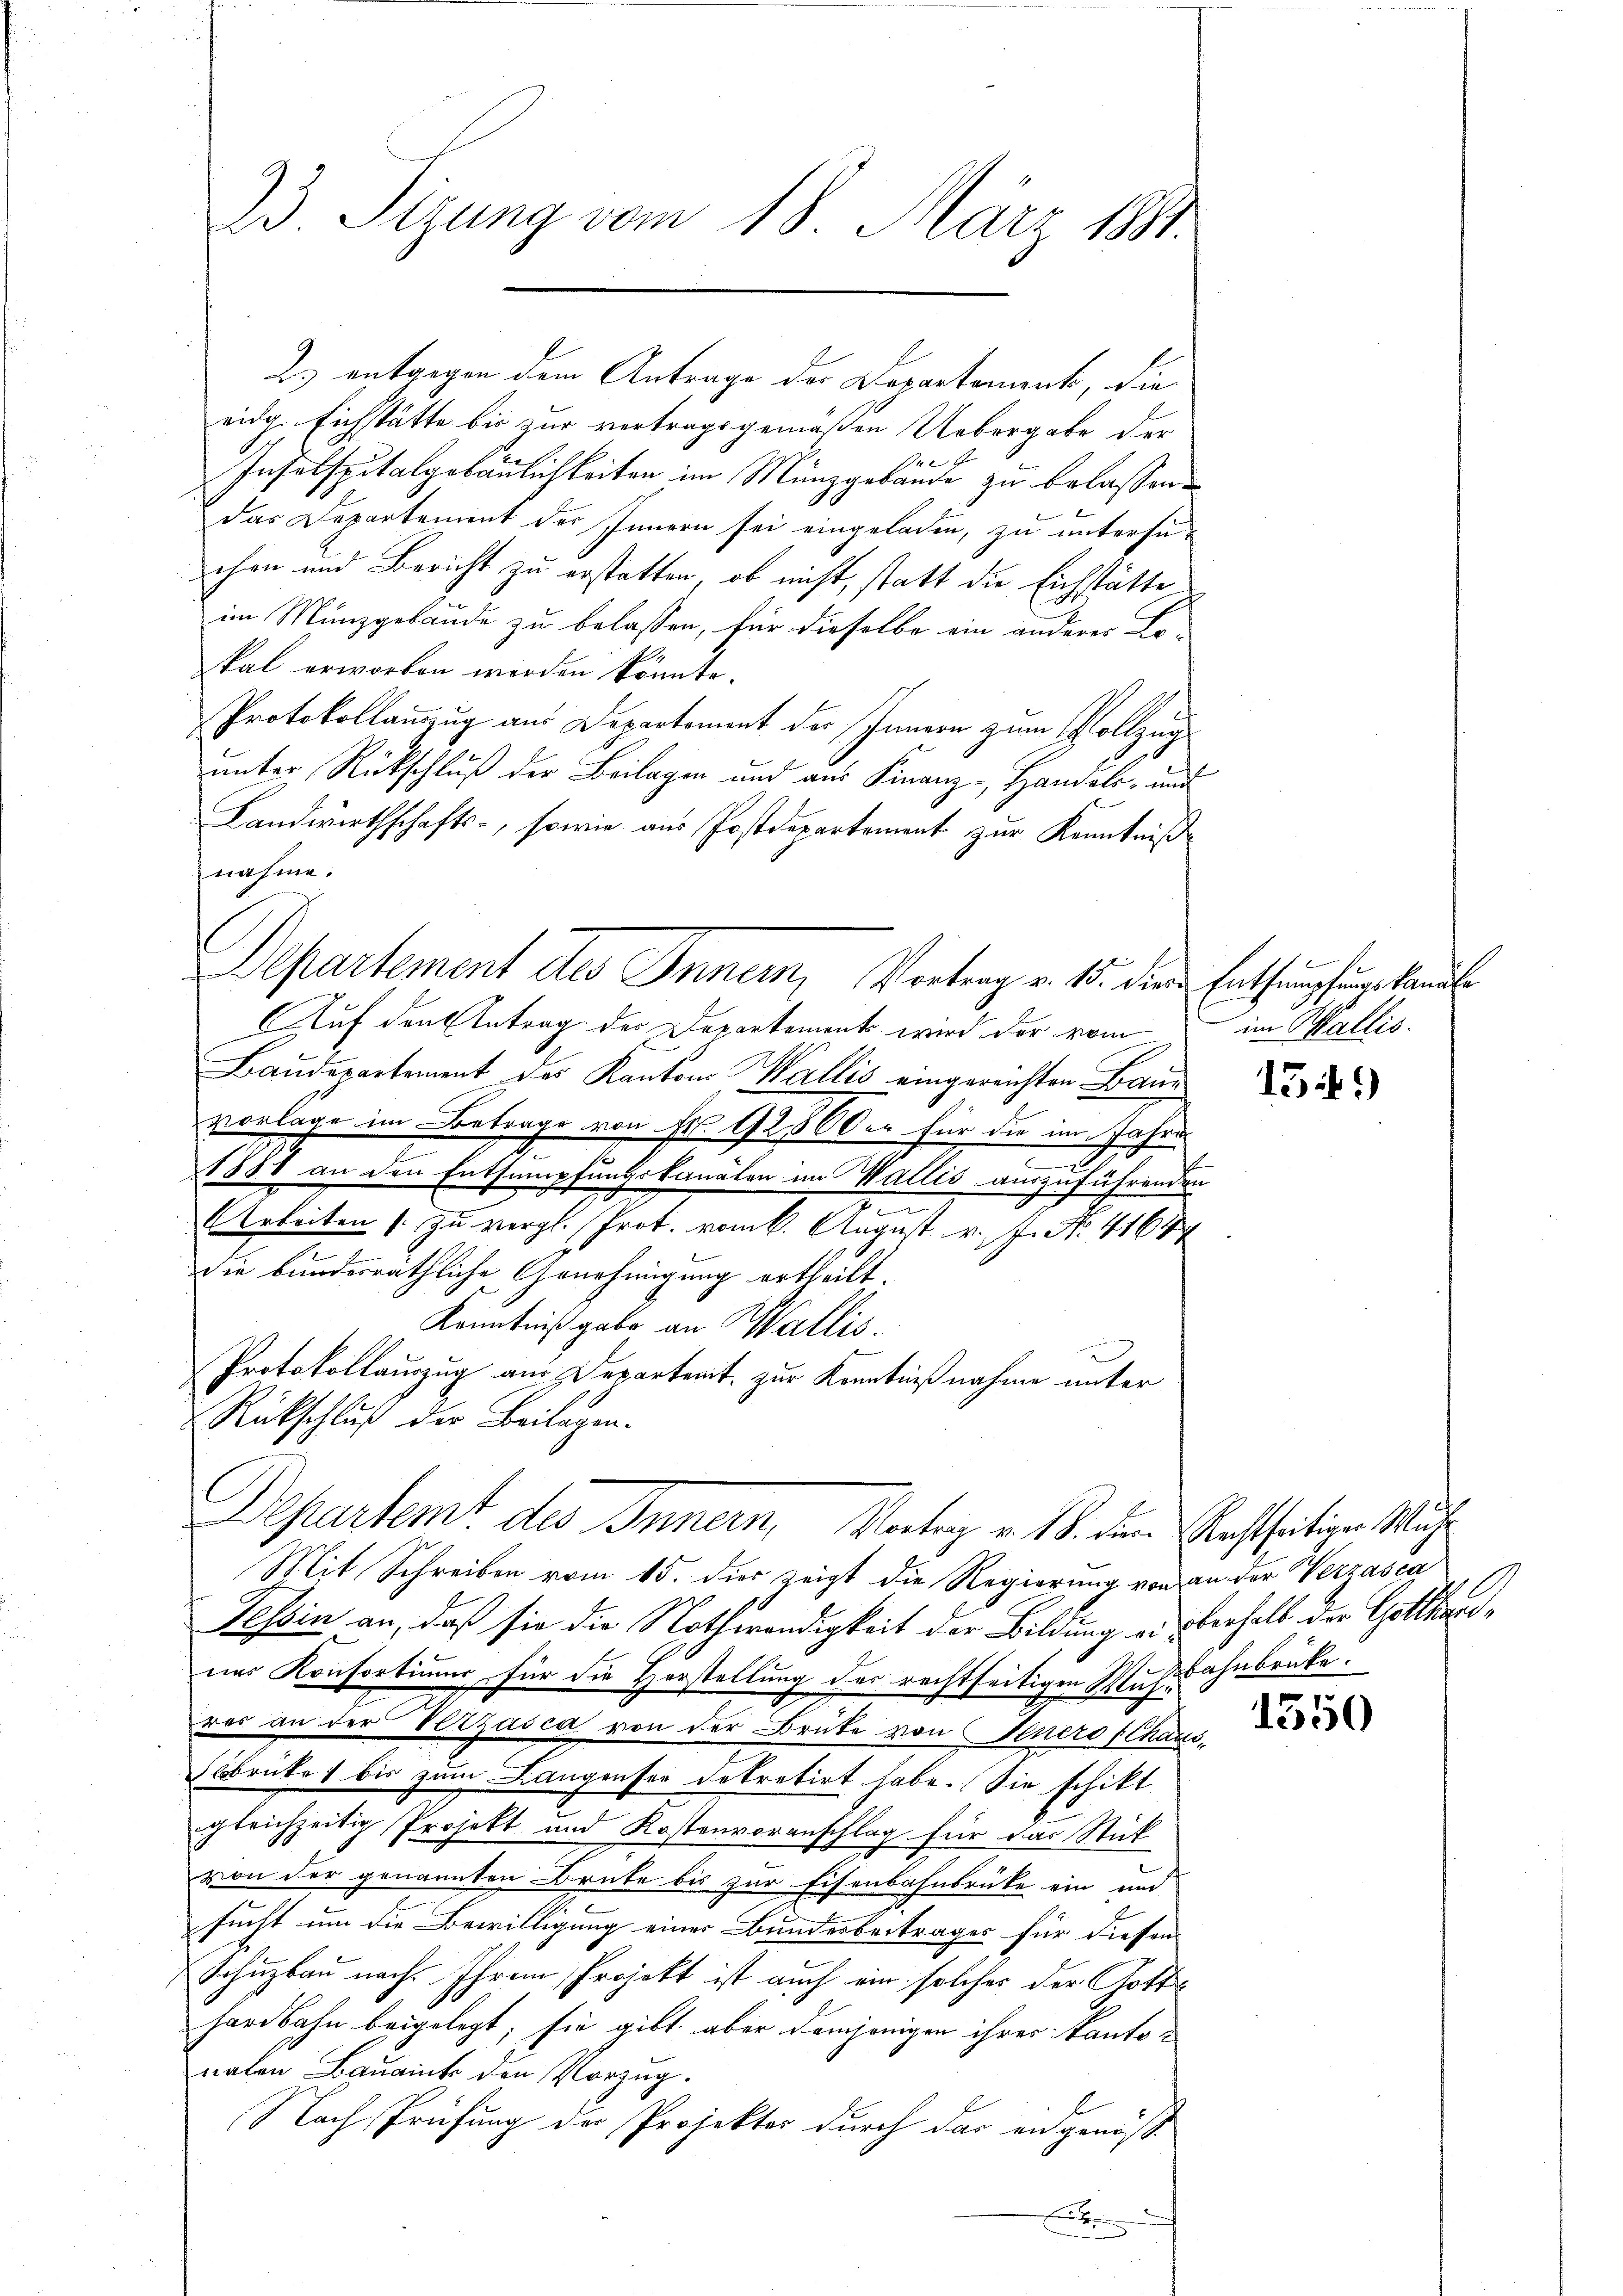
eidg. Eichstätte bis zur vertragsgemäßen Uebergabe der
Infelspitalgebäulichkeiten im Münzgebäude zu belassen.
das Departement des Innern sei eingeladen, zu untersuchen und Bericht zu erstatten, ob nicht, statt die Eichstätte
im Münzgebäude zu belassen, für dieselbe ein anderer Lo-
kal erworben werden könnte.
Protokollanzug aus Departement des Innern zum Vollzug
unter Rückschluß der Beilagen und aus Finanz-, Handels- und
Landwirthschafts-, sowie aus Postdepartement zur Kenntniß
nahme.
Auf den Antrag des Departements wird der vom
Baudepartement des Kantons Wallis eingereichten Baue
vorlage im Betrage von Fr. 1280 der für die im Jahres
e
1888 an den Entsumpfungskanälen im Wallis auszuführenden
.
AArbeiten zu vergl. Prot. vom k. August v. J. No. 41644
.
die bunderräthliche Genehmigung ertheilt.
Kenntniß gabe an Wallis.
Protokollauszug aus Departemt, zur Kenntnißnahme unter
Rückschluß der Beilagen.
Departemt des Innern, Vortrag v. 18. den Bestheiligen Mühe
Mit Schreiben vom 15. dies zeigt die Regierung von an der Verzasca
Tessin an, daß sie die Nothwendigkeit der Bildung alsberhalt der Gotthardner Konsortimer für die Horstellung des rechtseitigen Muhrbahnbrüke.
res an der Verzasca von der Brüte von Venero (Chaus,
brücke bis zum Langenser dekretirt habe. Sie schikt
gleichzeitig Projekt und Kostenvoranschlag für das Stick
von der genannten Brute bis zur Eisenbahnbrücke ein und
sucht um die Bewilligung einer Bundesbeitrages für diesen
Schuzbau nach Ihrem Projekt ist auch ein solches der Gotte
hardbahn beigelegt; sie gibt, aber demjenigen ihrer Kantonaten Bauamnt den Vorzug.
Nach Prüfung der Projekter durch das angenöss
.

23 Sizung vom 18. März 1881.

2. entgegen dem Antrage der Departament, die

Departement des Inner, Vortrag v. 15. die Entsumpfungskandl

im Wallis.

13 f.)

1550